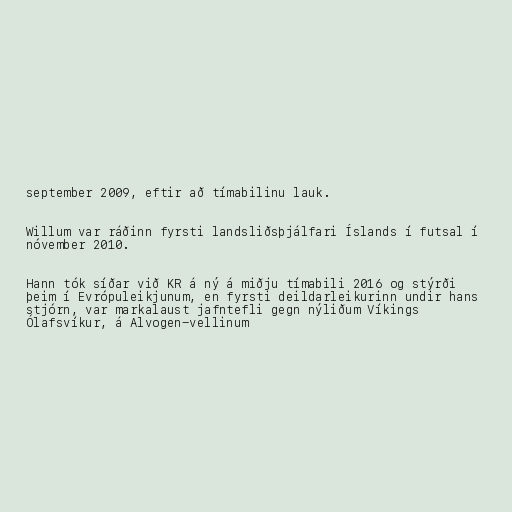
september 2009, eftir að tímabilinu lauk.

Willum var ráðinn fyrsti landsliðsþjálfari Íslands í futsal í
nóvember 2010.

Hann tók síðar við KR á ný á miðju tímabili 2016 og stýrði
þeim í Evrópuleikjunum, en fyrsti deildarleikurinn undir hans
stjórn, var markalaust jafntefli gegn nýliðum Víkings
Ólafsvíkur, á Alvogen-vellinum